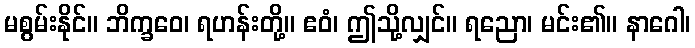
မစွမ်းနိုင်။ ဘိက္ခဝေ၊ ရဟန်းတို့။ ဧဝံ၊ ဤသို့လျှင်။ ရညော၊ မင်း၏။ နာဂေါ၊